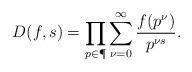
LaTeX: \begin{align*} D(f,s)=\prod_{p\in \P} \sum_{\nu=0}^{\infty}\frac{f(p^{\nu})}{p^{\nu s}}.\end{align*}